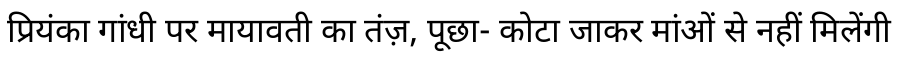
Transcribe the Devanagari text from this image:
प्रियंका गांधी पर मायावती का तंज़, पूछा- कोटा जाकर मांओं से नहीं मिलेंगी